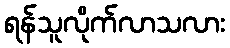
ရန်သူလိုက်လာသလား